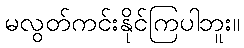
မလွတ်ကင်းနိုင်ကြပါဘူး။